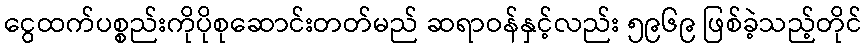
ငွေထက်ပစ္စည်းကိုပိုစုဆောင်းတတ်မည် ဆရာဝန်နှင့်လည်း ၅၉၆၉ ဖြစ်ခဲ့သည့်တိုင်